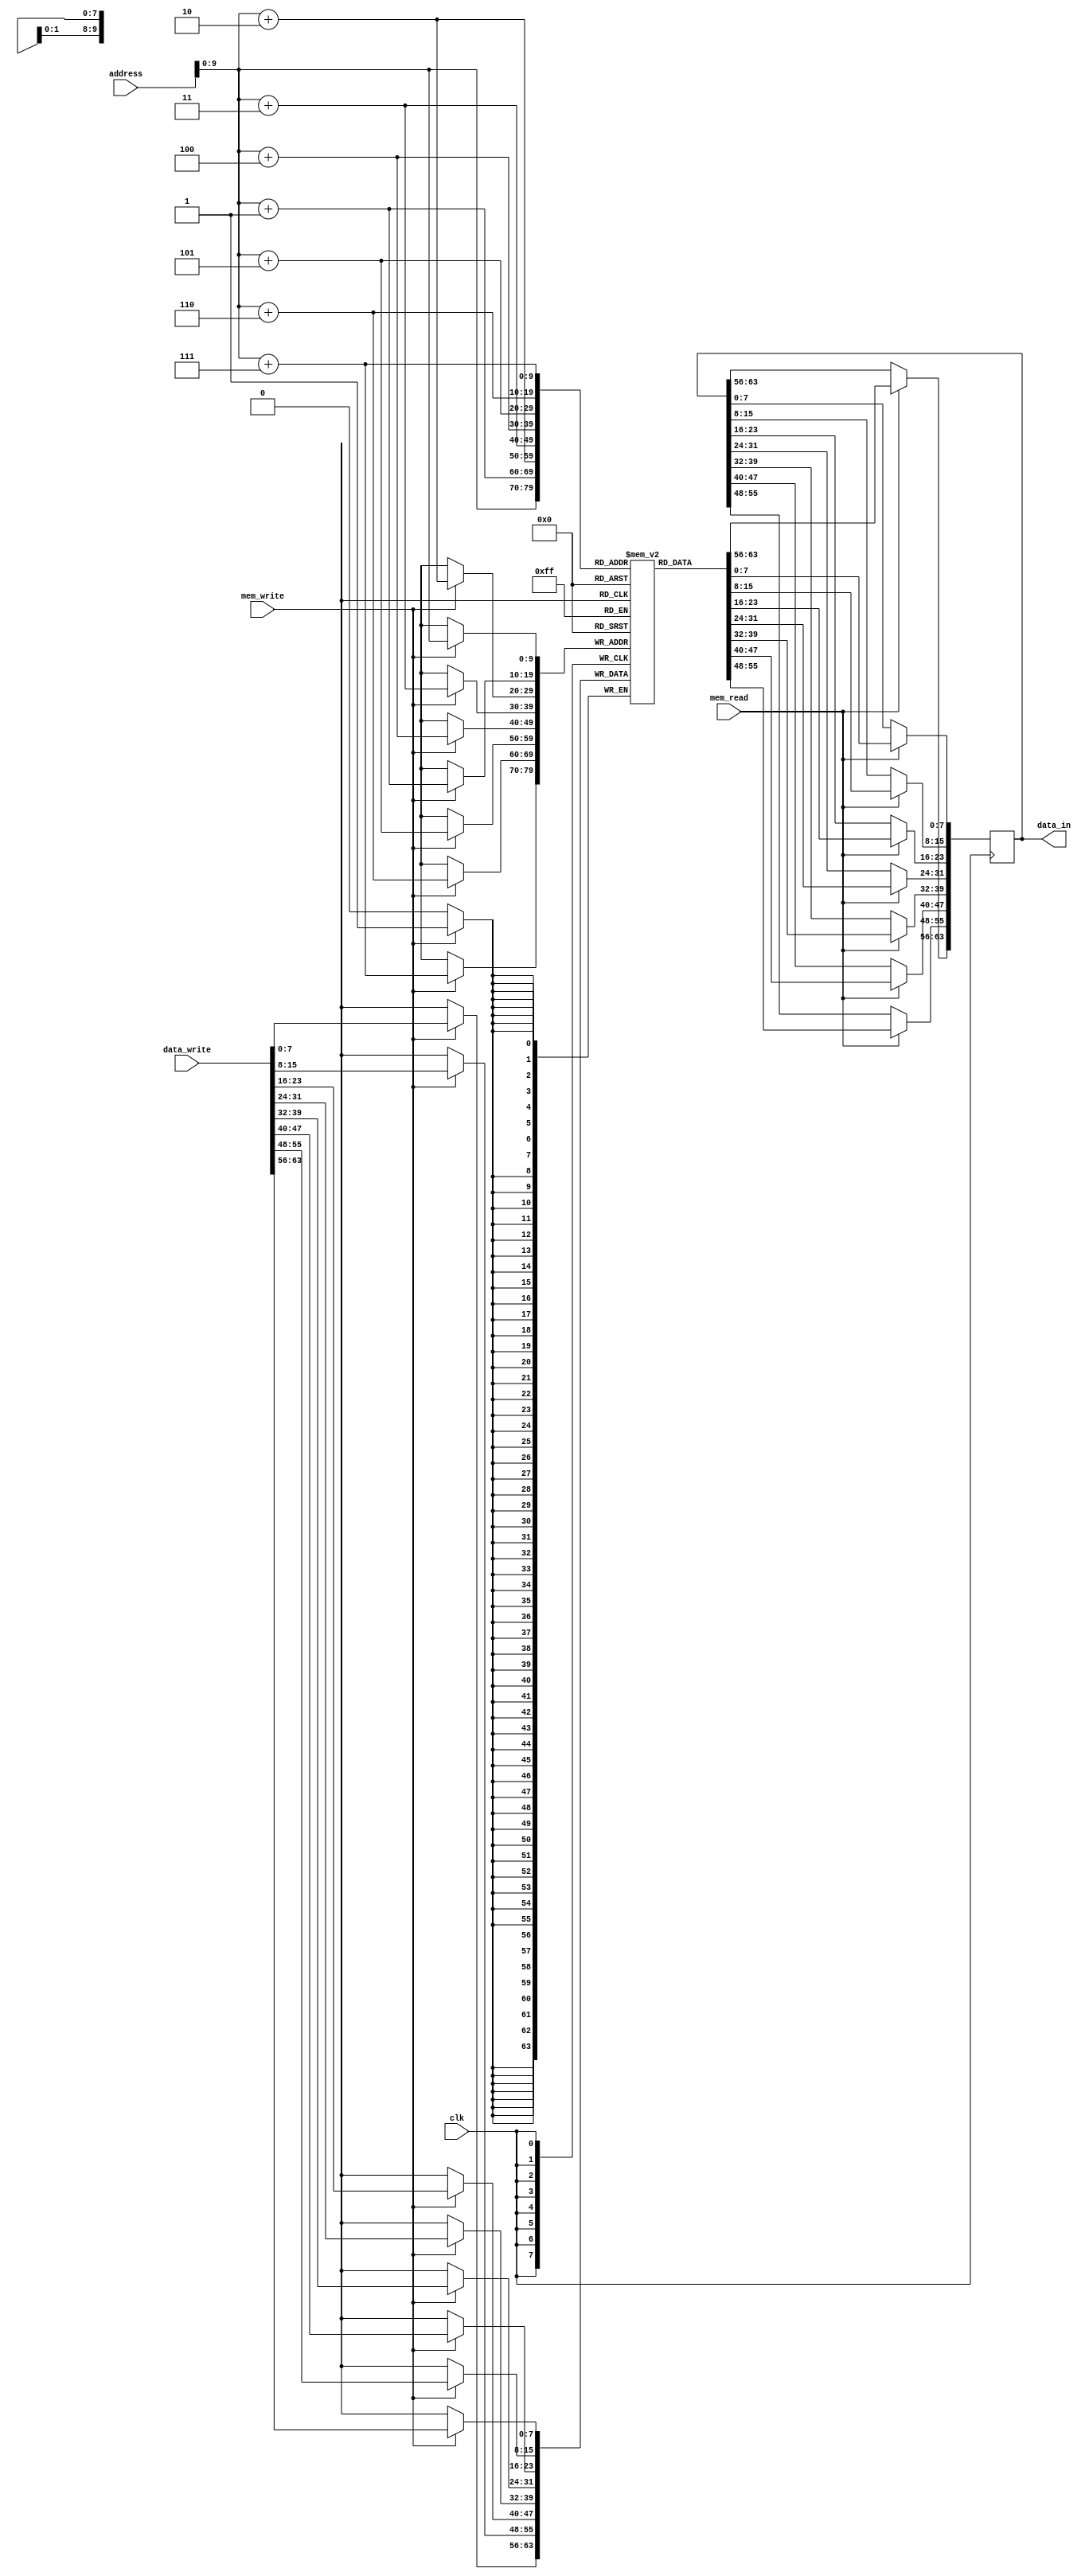
module DataMemory(data_in , address , data_write , mem_read , mem_write , clk);
   input [63:0] data_write;
   input [63:0] address;

   input mem_read, mem_write;
   input clk;

   output reg [63:0] data_in;
          reg [7:0]  memory[1023:0];   
          // 16 different memory blocks of 64bits --> 1024 or 128bit

    // initialization task: dividing the memory banks
   task init;                           
      input [63:0] addr;
      input [63:0] data;

        begin
            memory[addr]   =  data[63:56]; 
            memory[addr+1] =  data[55:48];
            memory[addr+2] =  data[47:40];
            memory[addr+3] =  data[39:32];
            memory[addr+4] =  data[31:24];
            memory[addr+5] =  data[23:16];
            memory[addr+6] =  data[15:8];
            memory[addr+7] =  data[7:0];
        end
    endtask

initial
     begin
    	// Set data used in instruction memory
    	init( 64'h0,  64'h1);  			// Counter variable
    	init( 64'h8,  64'ha);  			// part of the mask
    	init( 64'h10, 64'h5);  			// other part of mask
    	init( 64'h18, 64'h0ffbea7deadbeeff); 	// constant
    	init( 64'h20, 64'h0); 			// delete
     end

    // Read and retrieve data
   always @(posedge clk)
     begin
    	if(mem_read)
    	    begin
                data_in[63:56]    = memory[address];
                data_in[55:48]    = memory[address+1];
                data_in[47:40]    = memory[address+2];
                data_in[39:32]    = memory[address+3];
                data_in[31:24]    = memory[address+4];
                data_in[23:16]    = memory[address+5];
                data_in[15:8]     = memory[address+6];
                data_in[7:0]      = memory[address+7];
    	    end
    end

   // Write and save data
   always @ (posedge clk)
     begin
    	if(mem_write)
    	    begin
                memory[address]   = data_write[63:56];
                memory[address+1] = data_write[55:48];
                memory[address+2] = data_write[47:40];
                memory[address+3] = data_write[39:32];
                memory[address+4] = data_write[31:24];
                memory[address+5] = data_write[23:16];
                memory[address+6] = data_write[15:8];
                memory[address+7] = data_write[7:0];
    	    end
    end
endmodule